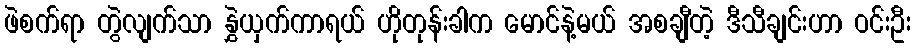
ဖဲစက်ရာ တွဲလျက်သာ နွှဲယှက်ကာရယ် ဟိုတုန်းခါက မောင်နဲ့မယ် အစချီတဲ့ ဒီသီချင်းဟာ ဝင်းဦး